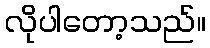
လိုပါတော့သည်။